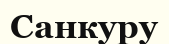
Санкуру